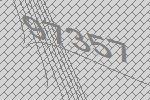
97357